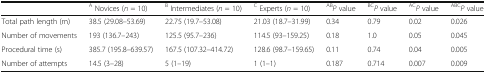
<table><thead><tr><td>[EMPTY_CELL]</td><td><b><sup>A</sup> Novices (<i>n</i> = 10)</b></td><td><b><sup>B</sup> Intermediates (<i>n</i> = 10)</b></td><td><b><sup>C</sup> Experts (<i>n</i> = 10)</b></td><td><b><sup>AB</sup><i>P</i> value</b></td><td><b><sup>BC</sup><i>P</i> value</b></td><td><b><sup>AC</sup><i>P</i> value</b></td><td><b><sup>ABC</sup><i>P</i> value</b></td></tr></thead><tbody><tr><td>Total path length (m)</td><td>38.5 (29.08–53.69)</td><td>22.75 (19.7–53.08)</td><td>21.03 (18.7–31.99)</td><td>0.34</td><td>0.79</td><td>0.02</td><td>0.026</td></tr><tr><td>Number of movements</td><td>193 (136.7–243)</td><td>125.5 (95.7–236)</td><td>114.5 (93–159.25)</td><td>0.18</td><td>1.0</td><td>0.05</td><td>0.045</td></tr><tr><td>Procedural time (s)</td><td>385.7 (195.8–639.57)</td><td>167.5 (107.32–414.72)</td><td>128.6 (98.7–159.65)</td><td>0.11</td><td>0.74</td><td>0.04</td><td>0.005</td></tr><tr><td>Number of attempts</td><td>14.5 (3–28)</td><td>5 (1–19)</td><td>1 (1–1)</td><td>0.187</td><td>0.714</td><td>0.007</td><td>0.009</td></tr></tbody></table>